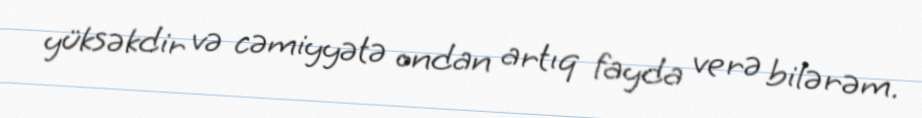
yüksəkdir və cəmiyyətə ondan artıq fayda verə bilərəm.